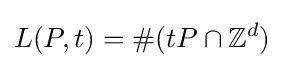
L(P,t)=\#(tP\cap \mathbb {Z} ^{d})